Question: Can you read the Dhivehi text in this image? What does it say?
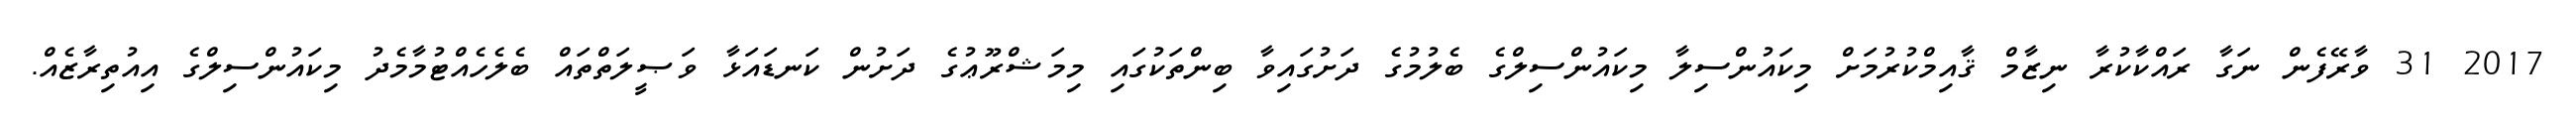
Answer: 2017 31 ވާރޭފެން ނަގާ ރައްކާކުރާ ނިޒާމް ޤާއިމްކުރުމަށް މިކައުންސިލާ މިކައުންސިލްގެ ބެލުމުގެ ދަށުގައިވާ ބިންތަކުގައި މިމަޝްރޫޢުގެ ދަށުން ކަނޑައަޅާ ވަޞީލަތްތައް ބެލެހެއްޓުމާމެދު މިކައުންސިލްގެ އިއުތިރާޒެއް.